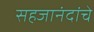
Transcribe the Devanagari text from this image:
सहजानंदांचे